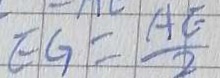
E G = \frac { A E } { 2 }